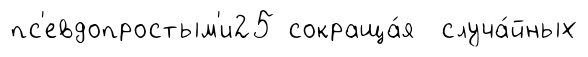
пс'евдопростым'и25 сокраща́я случа́йных